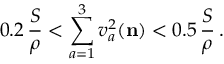
0 . 2 \, \frac S \rho < \sum _ { a = 1 } ^ { 3 } v _ { a } ^ { 2 } ( { \mathbf { n } } ) < 0 . 5 \, \frac S \rho \, .